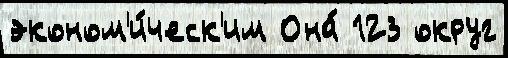
эконом'и́ческ'им Она́ 123 округ